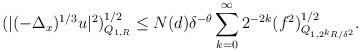
LaTeX: \begin{align*}\begin{aligned} &(|(-\Delta_x)^{1/3} u|^2)^{1/2}_{Q_{1,R}}\le N (d) \delta^{-\theta} \sum_{k=0}^\infty 2^{-2k}(f^2)^{1/2}_{Q_{1,2^{k}R/\delta^2}}.\end{aligned}\end{align*}